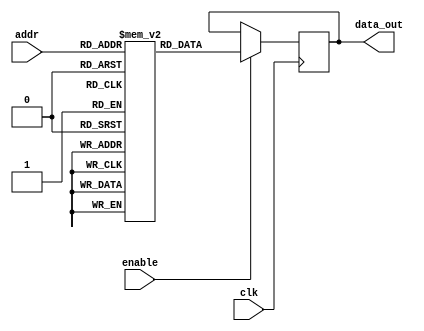
module parameterized_rom #(
    parameter DATA_WIDTH = 8,   // Width of each memory word
    parameter ADDR_WIDTH = 4     // Number of address lines
) (
    input wire clk,              // Clock signal
    input wire [ADDR_WIDTH-1:0] addr, // Address input
    input wire enable,           // Enable signal
    output reg [DATA_WIDTH-1:0] data_out // Data output
);

    // Internal memory declaration
    reg [DATA_WIDTH-1:0] rom [(2**ADDR_WIDTH)-1:0];

    // Initialize the ROM with predefined values
    initial begin
        // Example initialization (you can modify these values as needed)
        rom[0]  = 8'h00; // Address 0
        rom[1]  = 8'h01; // Address 1
        rom[2]  = 8'h02; // Address 2
        rom[3]  = 8'h03; // Address 3
        rom[4]  = 8'h04; // Address 4
        rom[5]  = 8'h05; // Address 5
        rom[6]  = 8'h06; // Address 6
        rom[7]  = 8'h07; // Address 7
        // You can continue to initialize more values depending on ADDR_WIDTH
    end

    // Behavioral logic for reading from the ROM
    always @(posedge clk) begin
        if (enable) begin
            data_out <= rom[addr]; // Read data from ROM at specified address
        end
        // If enable is low, data_out retains its previous value
    end

endmodule